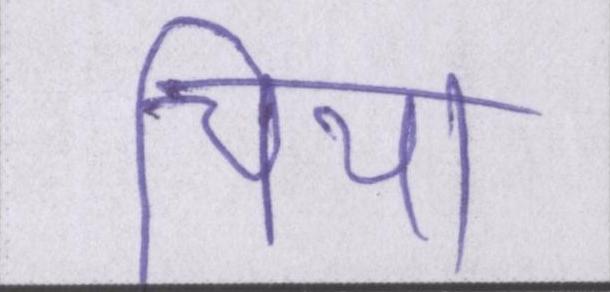
चिया